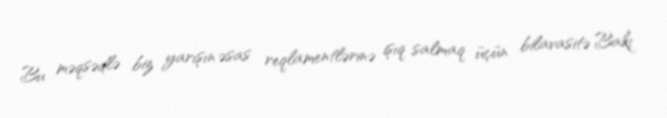
Bu məqsədlə biz yarışın əsas reqlamentlərinə işıq salmaq üçün bilavasitə Bakı